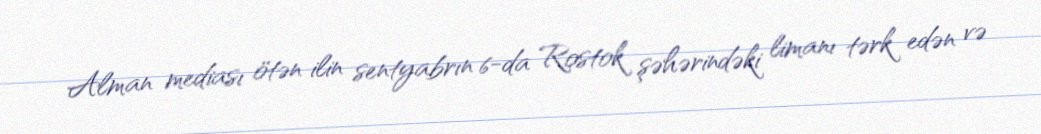
Alman mediası ötən ilin sentyabrın 6-da Rostok şəhərindəki limanı tərk edən və